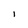
Character: l